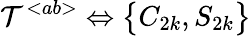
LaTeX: {\cal T}^{<ab>}\Leftrightarrow\big\{ C_{2k},S_{2k}\big\}